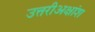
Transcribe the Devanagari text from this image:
उत्तरीअक्षांश